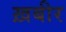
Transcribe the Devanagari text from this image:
ख़बीर